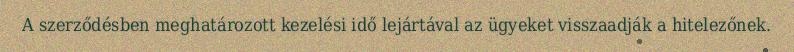
A szerződésben meghatározott kezelési idő lejártával az ügyeket visszaadják a hitelezőnek.